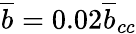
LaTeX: \overline{{b}}=0.02\overline{{b}}_{cc}